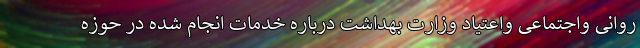
روانی واجتماعی واعتیاد وزارت بهداشت درباره خدمات انجام شده در حوزه